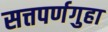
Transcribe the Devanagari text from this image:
सत्तपर्णगुहा